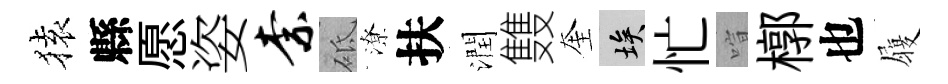
𫞤縣愿姿柰砥潦扶潤䨇奎埃忙喧槨也履